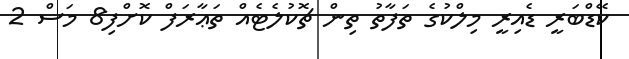
ކޭޑްބަރީ ޑެއިރީ މިލްކުގެ ތަފާތު ތިން ޗޮކުލެޓެއް ތަޢާރަފް ކޮށްފި8 މަސް 2